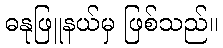
ဓနုဖြူနယ်မှ ဖြစ်သည်။